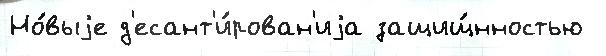
Но́выjе д'есант'и́рован'иjа защищ́нностью